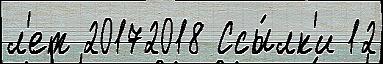
л'ет 20172018 Ссы́лк'и 12